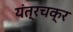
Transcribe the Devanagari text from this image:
यंत्रचक्र